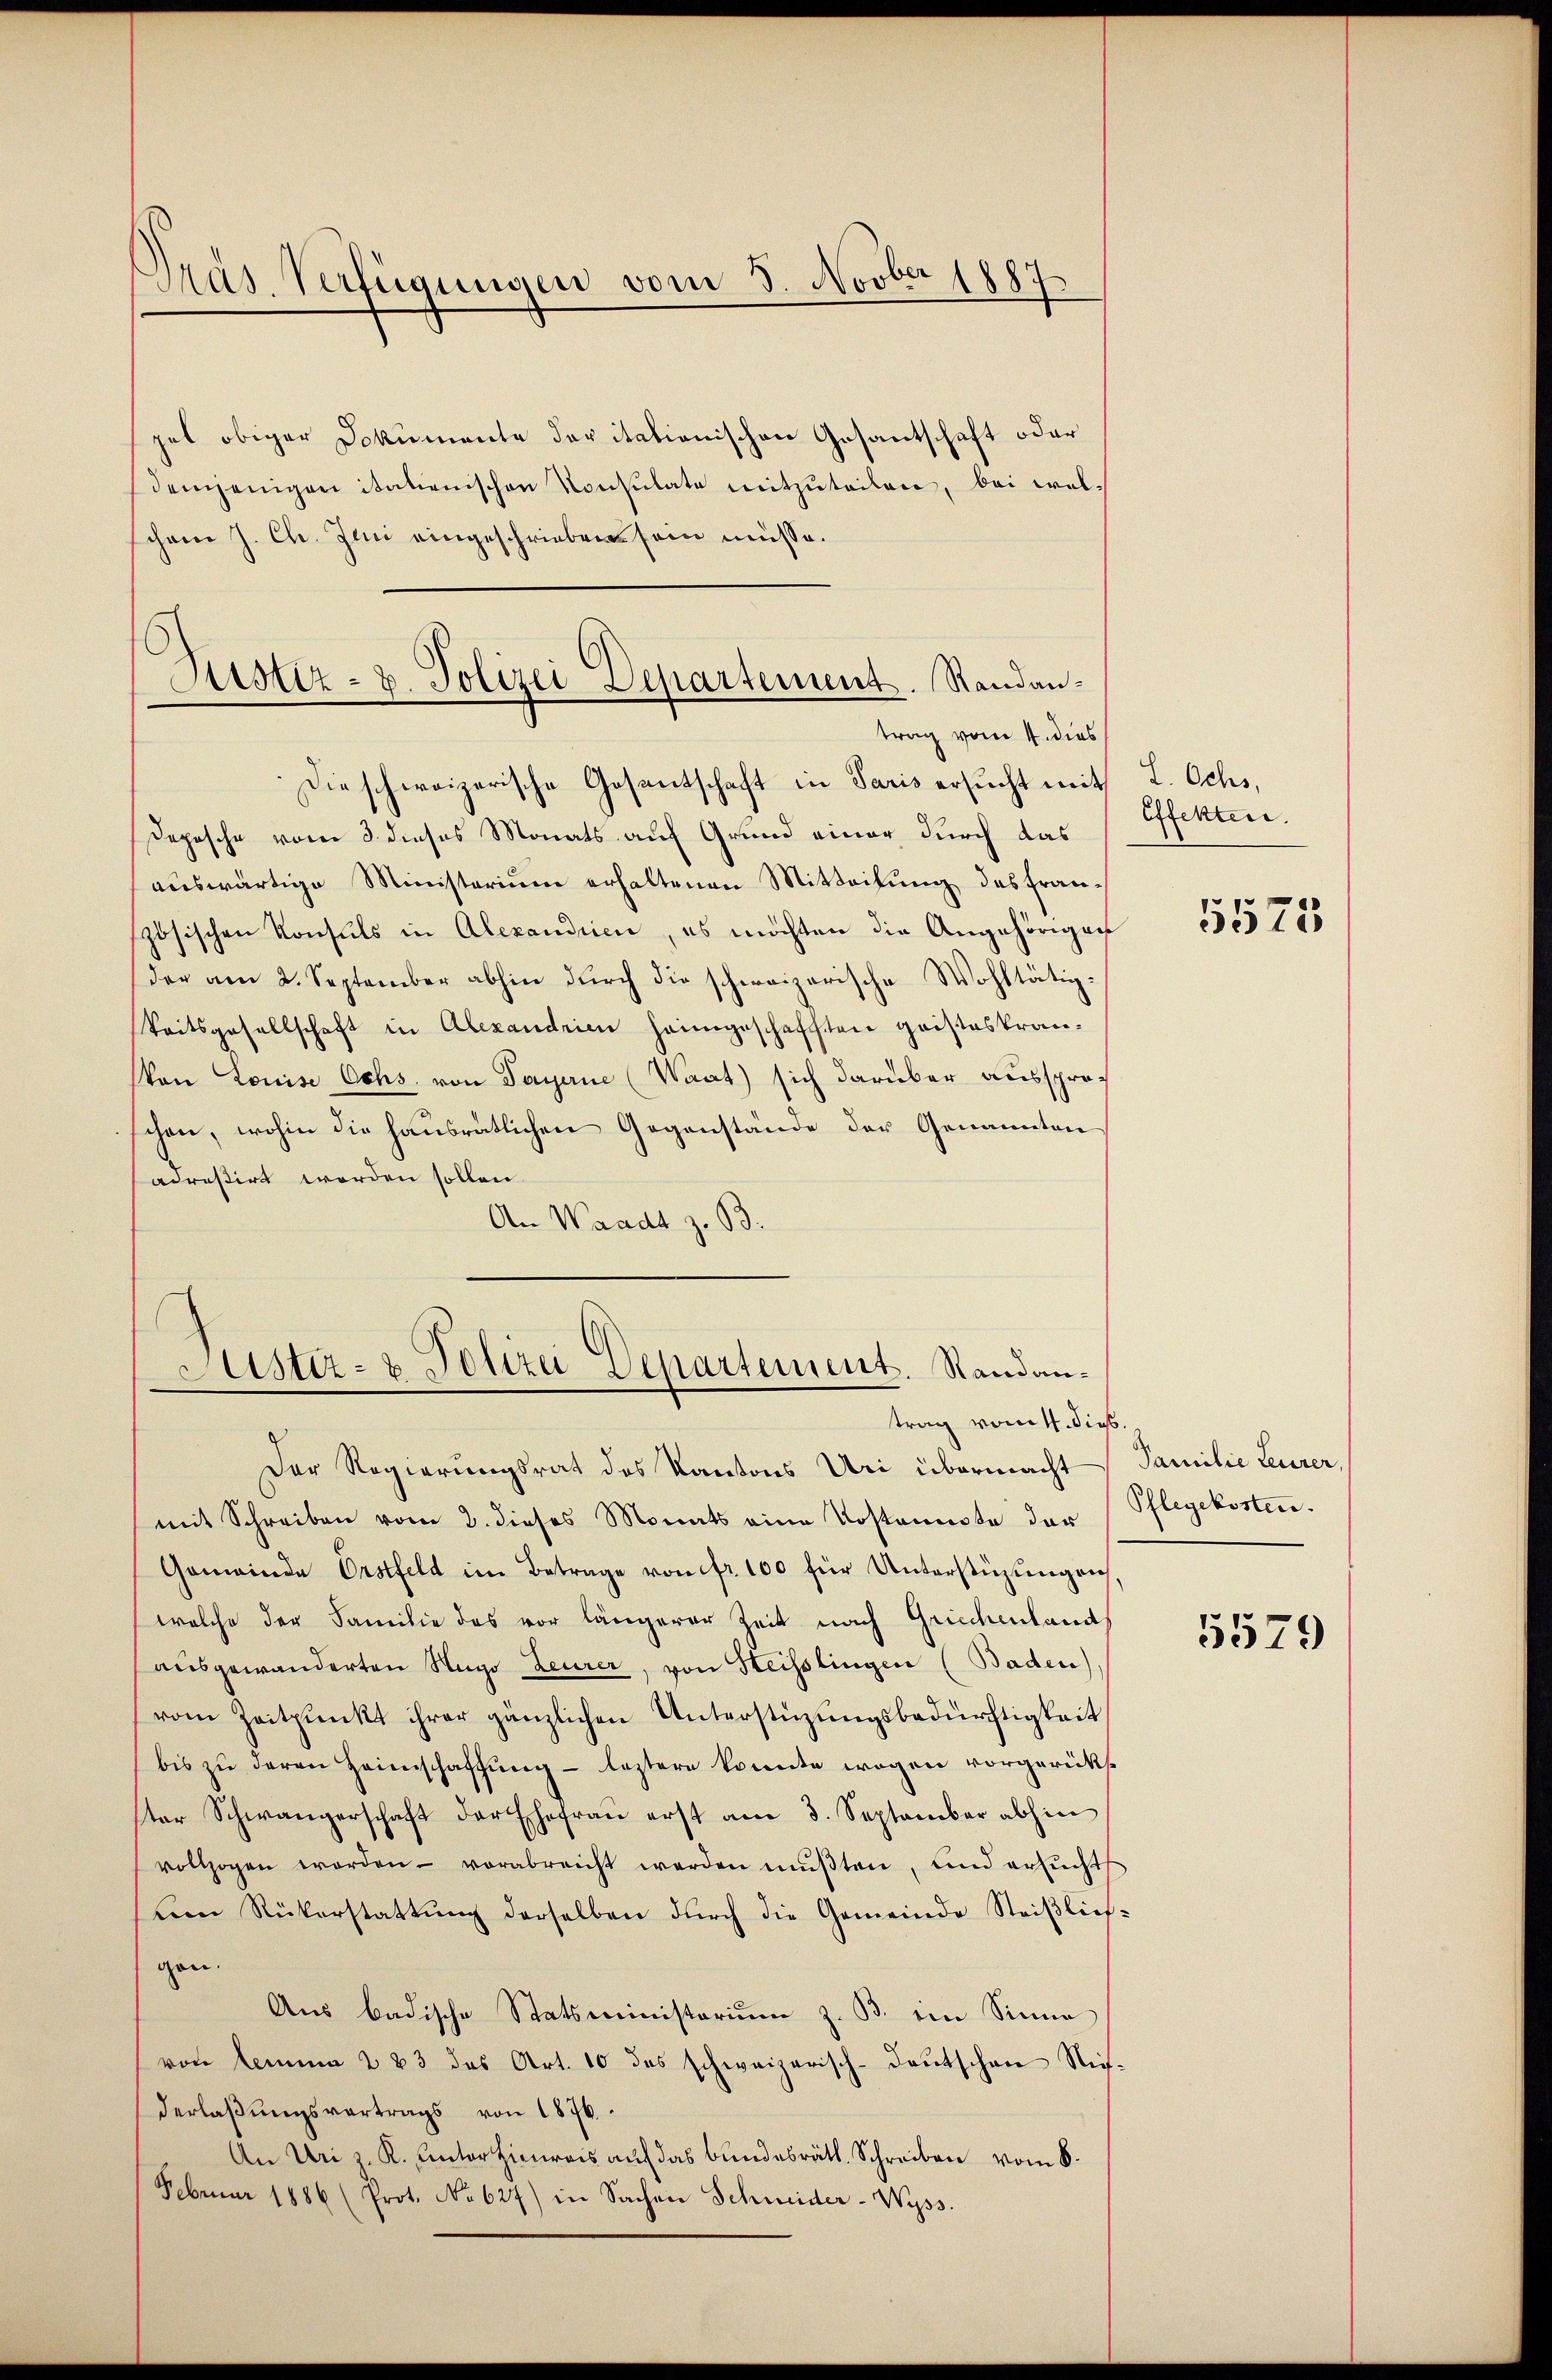
Präs. Verfügungen vom 5. Novber 1887.

get obiger Dokumente der itationischen Gesantschaft oder
demjenigen italienischen Konsulate mitzuteilen, bei wel
schon J. Ch. Juni eingeschrieben sein müsse.

Justiz- u. Polizei Departement. Standantrag vom 4. dies

Die schweizerische Gesantschaft in Paris ersucht mit L. Ochs,
Depesche vom 3. dieses Monats auf Grund einer durch das
auswärtige Ministerium erhaltenen Mitteilung des Französischen Konsuls in Alexandrien, es möchten die Angehörigen
der am 2. September abhin durch die schweizerische Wohltätig¬
Seitsgesellschaft in Alexandrien heimgeschafften geisteskran¬
Von Louise Ochs, von Payerne (Waat) sich darüber aussproschen, wohin die hausrätlichen Gegenstände der Genannten
adreßirt worden sollen.
An Waadt z. B.

Justiz- & Polizei Departement. Randantrag vom 11. Sieb.

Der Regierungsrat des Kantons Uri übermacht Familie Leurer,
mit Schreiben vom 2. dieses Monats eine Kostenste der Pflegekosten.
Gemeinde Erstfeld im Betrage von fr. 100 für Unterstüzungen
welche der Familie des vor längerer Zeit nach Griechenlands
ausgewanderten Hugo Leurer, von Heisslingen (Baden),
vom Zeitpunkt ihrer gänzlichen Unterstüzungsbedürftigkeit
bis zu deren Heimschaffung - leztere konnte wegen vorgerückst
ster Schwängerschaft der Ehefraŭ erst am 3. September abhin
vollzogen worden - vorabreicht werden mŭβten, und ersŭcht
temn Rükerstattŭng derselben dŭrch die Gemeinde Steiβlief-
gen.
Aus badische Statsministerium z. B. ein Sinne
von Lemma 2 23 des Art. 10 das schweizerisch-deŭtschen Niderlaßungsvertrags von 1876.
An Uri z. R. unterhimreis auf das bundesräth. Schreiben vom 8.
Februar 1886 (Prot. No 627) in Sachen Schmider-Wyss.

Effekten.

5575

5579